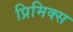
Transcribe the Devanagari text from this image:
प्रिमिक्स